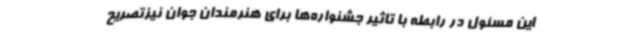
این مسئول در رابطه با تاثیر جشنواره‌ها برای هنرمندان جوان نیزتصریح